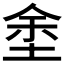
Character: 𡌆